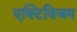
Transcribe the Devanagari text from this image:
एक्टिविजम